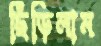
ছিঁড়িলাম